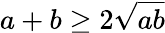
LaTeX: a+b\geq 2\sqrt{ab}